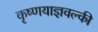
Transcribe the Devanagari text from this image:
कृष्णयाज्ञवल्की